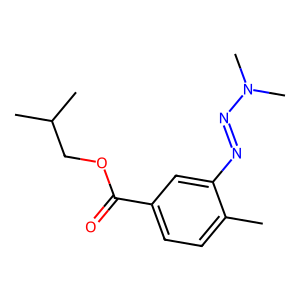
SMILES: Cc1ccc(C(=O)OCC(C)C)cc1N=NN(C)C
Inhibits HIV replication: No